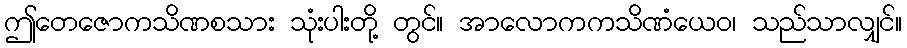
ဤတေဇောကသိဏစသား သုံးပါးတို့ တွင်။ အာလောကကသိဏံယေဝ၊ သည်သာလျှင်။